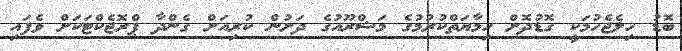
ބޮޑު ހިލެޖެހުމަކީ ގޮޑުދޮށް ހިމާޔަތްކުރުމުގެ މަޝްރޫއުގެ ދަށުން ކުރިއަށް ގެންދާ ޕްރޮޖެކްޓަކަށް ވެފައި